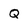
Character: Q